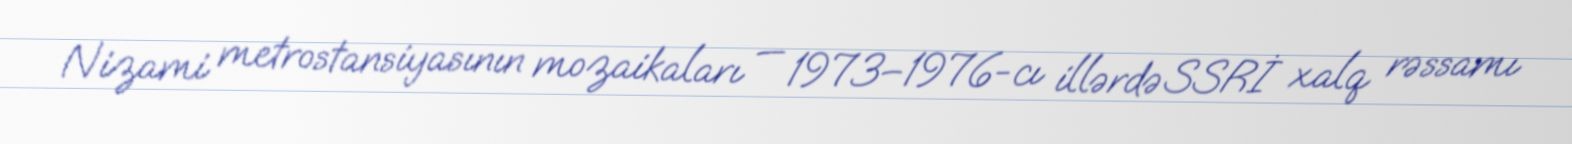
Nizami metrostansiyasının mozaikaları — 1973–1976-cı illərdə SSRİ xalq rəssamı